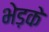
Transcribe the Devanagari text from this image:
भेड़के